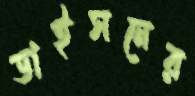
ডাইসনের